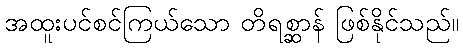
အထူးပင်စင်ကြယ်သော တိရစ္ဆာန် ဖြစ်နိုင်သည်။